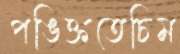
পঙিক্ততেচিম